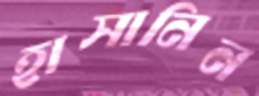
হাসানিন